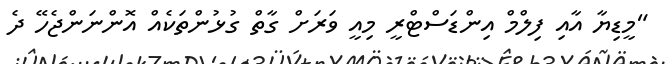
"މީޑިޔާ އާއި ފިލްމް އިންޑަސްޓްރީ މިއީ ވަރަށް ގާތް ގުޅުންތަކެއް އޮންނަންޖެހޭ ދެ